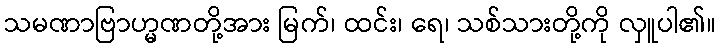
သမဏာဗြာဟ္မဏတို့အား မြက်၊ ထင်း၊ ရေ၊ သစ်သားတို့ကို လှူပါ၏။